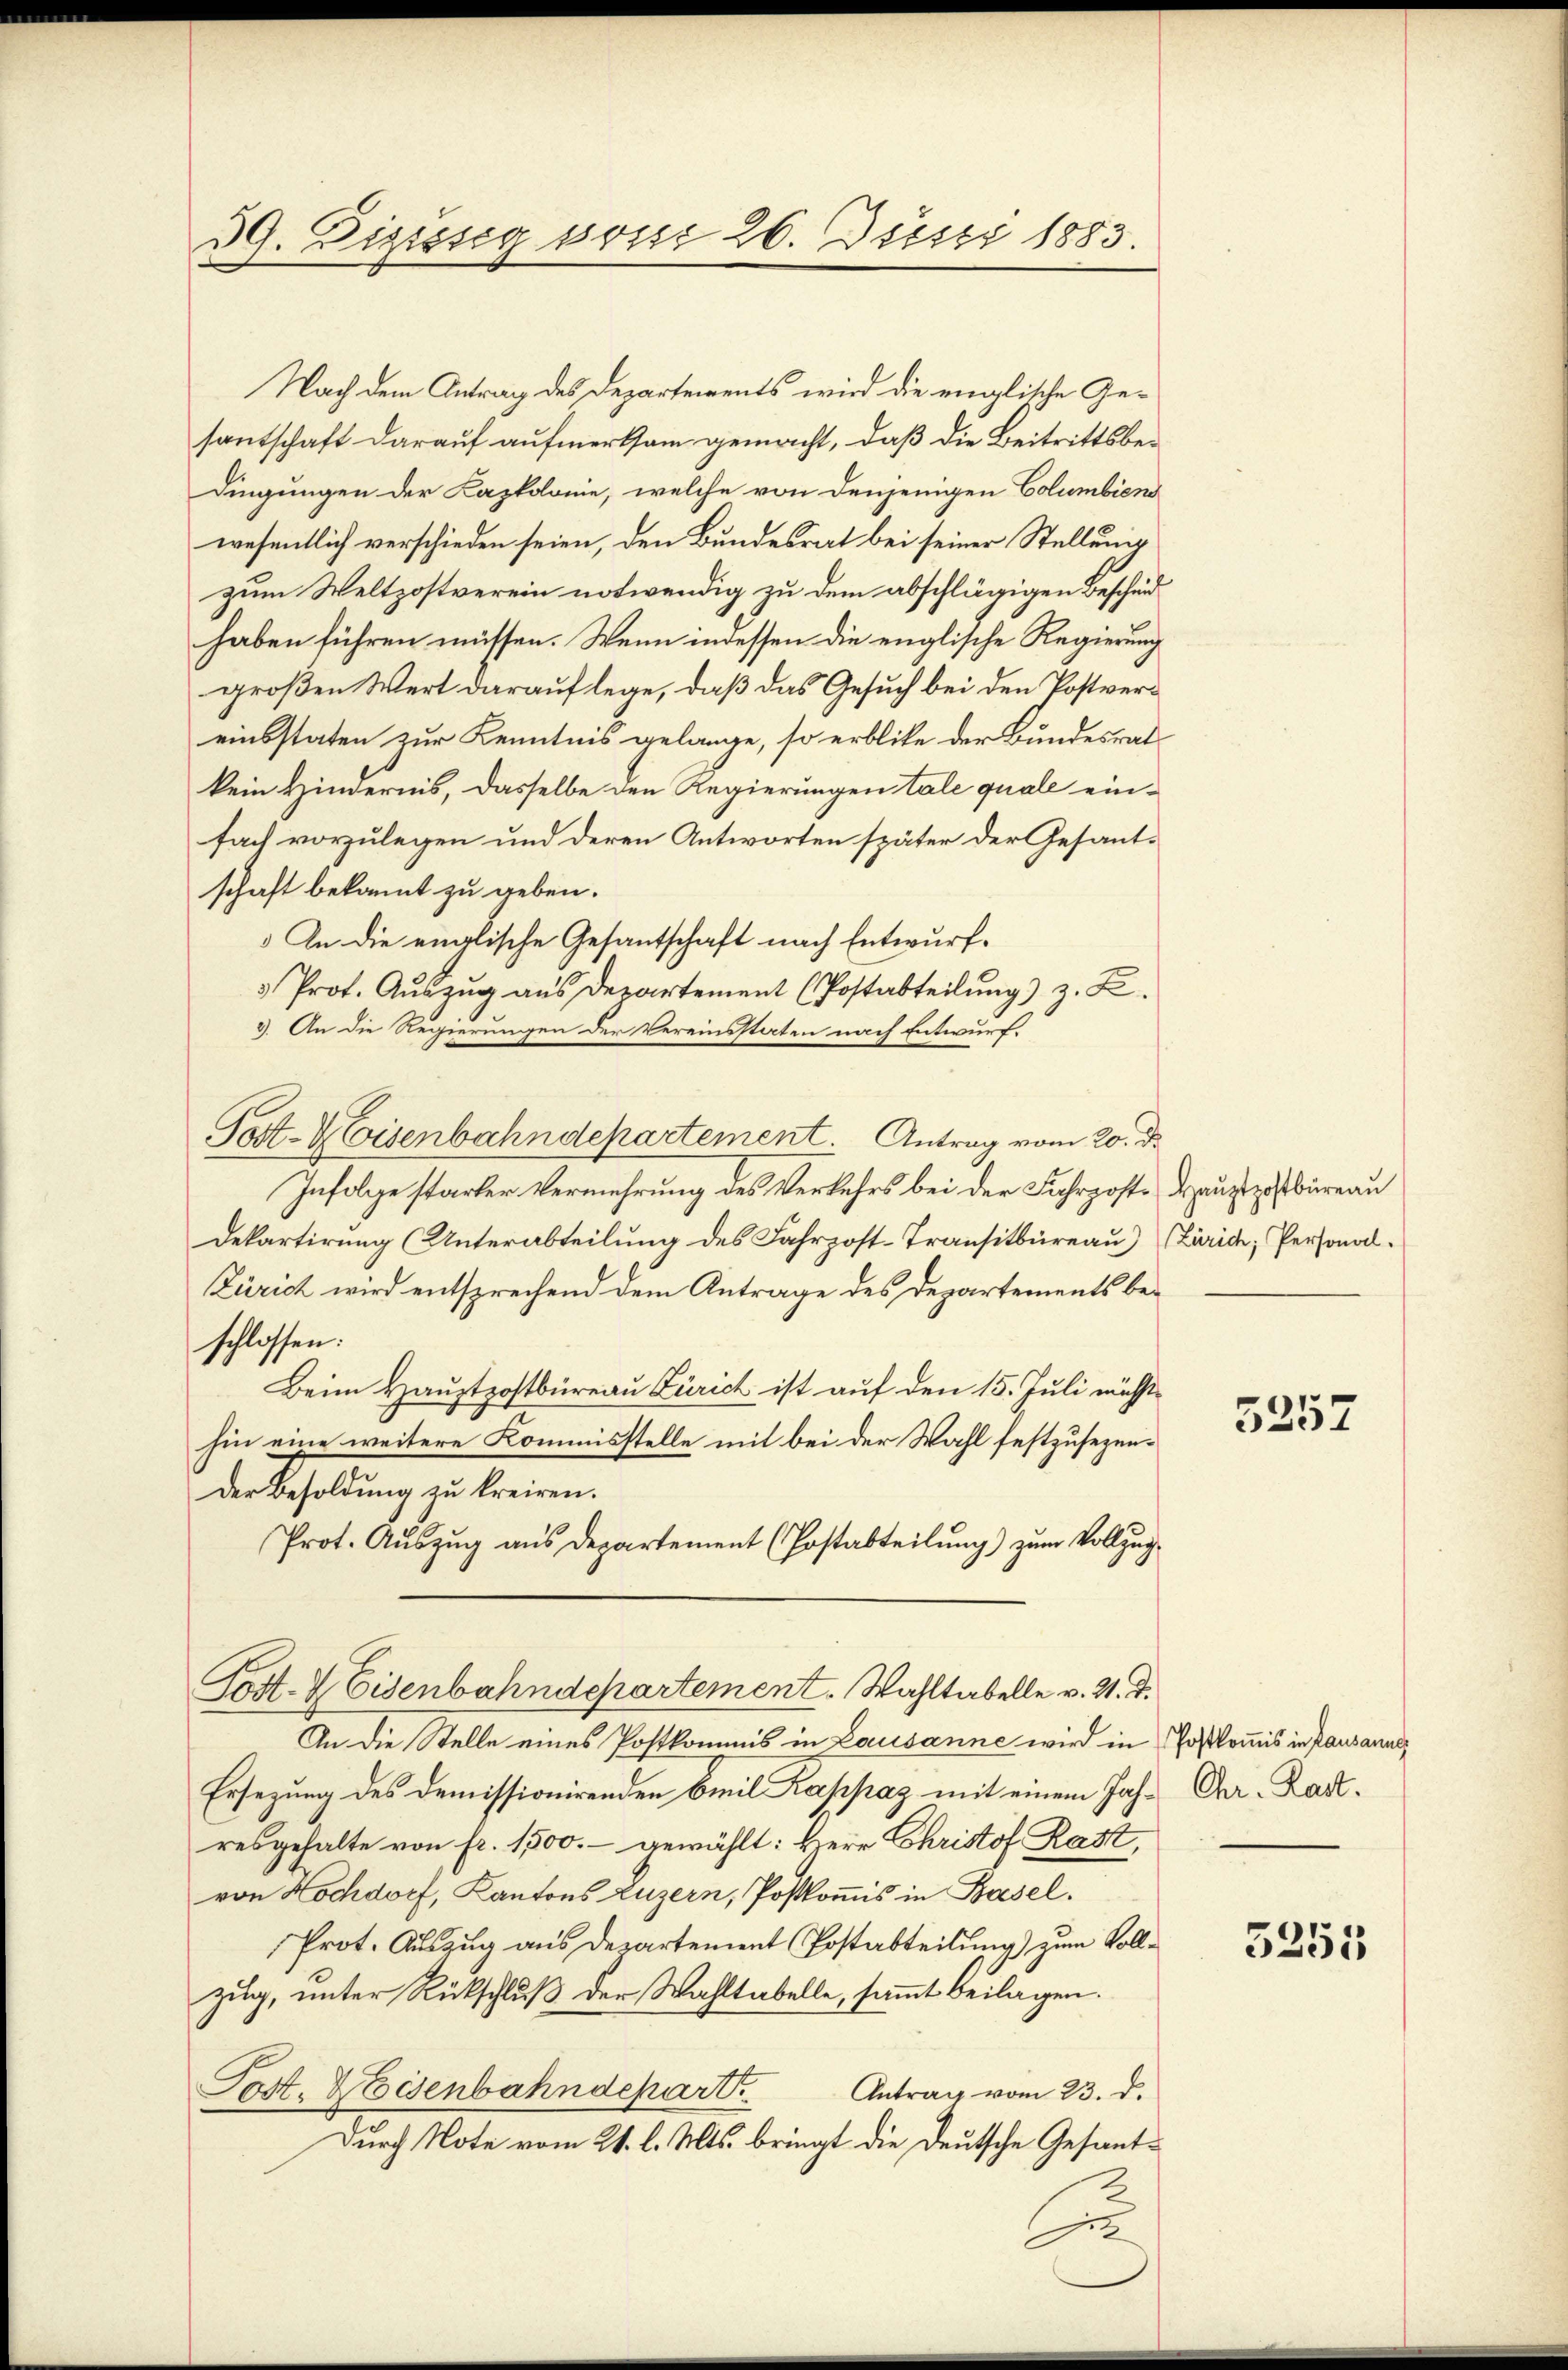
39. Dizisseg posse 26. Justi 1883.

Nach dem Antrag des Departements wird die einglische Gesantschaft darauf aufmerksam gemacht, daß die Beitrittsbedingungen der Kapkolonie, welche von denjenigen Columbiens
wesentlich verschieden seien, den Bundesrat bei seiner Stellung
zum Weltzostverein notwendig zu dem abschlägigen Bescheid
haben führen müssen. Wenn indessen die englische Regierung
großen Wert darauf lege, daß das Gesuch bei den Postvereinsstaten zur Kenntnis gelange, so erblite der Bundesrat
kein Hindernis, dasselbe den Regierungen tale quale einfach vorzulegen und deren Antworten später der Gesantschaft bekannt zu geben.
 An die englische Gesantschaft nach Entwurf.
3 Prot. Aŭszŭg aŭs Departement (Postabteilŭng) z. B.
3. An die Regierungen der Vereinsstaten nach Entwurf.
Post-Hisenbahndepartement. Antrag vom 20. d.
Infolge starker Vermehrung des Verkehrs bei der Fahrposte Hauptpostbüreau
Dekartirung (Unterabteilung des Fahrpost-Transitbüreau) Zürich, Personal¬
Zürich wird entsprechend dem Antrage des Departements beschlossen:
Beim Hauptpostbüreau Zürich ist auf den 15. Juli mühs
hin eine weitere Kommisstelle mit bei der Wahl festzusezen¬
Der Besoldung zu kreiren.
Prot. Auszug aus Departement (Postabteilung) zum Vollzug¬
Post- & Eisenbahndepartement. Wahltabelle v. 21. d.
An die Stelle eines Postkommis in Lausanne wird in Postkommis in Pausanne
Ersezung des demissionirenden Emil Kappaz mit einem Jahresgehalte von fr. 1500.- gewählt: Herr Christof Rath,
von Hochdorf, Kantons Luzern, Postkomis in Basel.
Prot. Auszug aus Departement (Postabteilung) zum Vollzug, unter Rückschluß der Wahltabelle, sammt beilagen.
Post. Weisenbahndepart.
Antrag vom 23. d.
Durch Note vom 21. l. Mts. bringt die Deutsche Gesant¬
u

5257

Chr. Rast.

5255